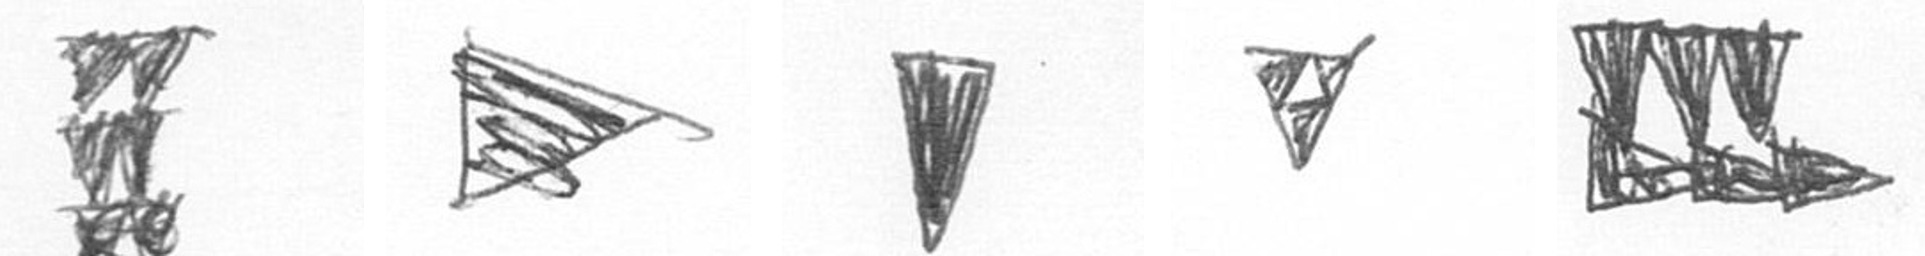
Y T J S D